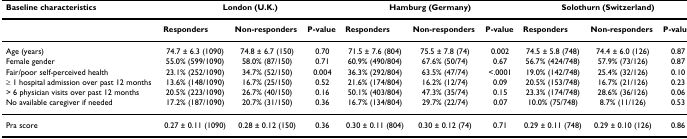
<table><thead><tr><td><b>Baseline characteristics</b></td><td colspan="3"><b>London (U.K.)</b></td><td colspan="3"><b>Hamburg (Germany)</b></td><td colspan="3"><b>Solothurn (Switzerland)</b></td></tr></thead><tbody><tr><td></td><td><b>Responders</b></td><td><b>Non-responders</b></td><td><b>P-value</b></td><td><b>Responders</b></td><td><b>Non-responders</b></td><td><b>P-value</b></td><td><b>Responders</b></td><td><b>Non-responders</b></td><td><b>P-value</b></td></tr><tr><td>Age (years)</td><td>74.7 ± 6.3 (1090)</td><td>74.8 ± 6.7 (150)</td><td>0.70</td><td>71.5 ± 7.6 (804)</td><td>75.5 ± 7.8 (74)</td><td>0.002</td><td>74.5 ± 5.8 (748)</td><td>74.4 ± 6.0 (126)</td><td>0.87</td></tr><tr><td>Female gender</td><td>55.0% (599/1090)</td><td>58.0% (87/150)</td><td>0.71</td><td>60.9% (490/804)</td><td>67.6% (50/74)</td><td>0.67</td><td>56.7% (424/748)</td><td>57.9% (73/126)</td><td>0.87</td></tr><tr><td>Fair/poor self-perceived health</td><td>23.1% (252/1090)</td><td>34.7% (52/150)</td><td>0.004</td><td>36.3% (292/804)</td><td>63.5% (47/74)</td><td>&lt;.0001</td><td>19.0% (142/748)</td><td>25.4% (32/126)</td><td>0.10</td></tr><tr><td>≥ 1 hospital admission over past 12 months</td><td>13.6% (148/1090)</td><td>16.7% (25/150)</td><td>0.52</td><td>21.6% (174/804)</td><td>16.2% (12/74)</td><td>0.09</td><td>20.5% (153/748)</td><td>16.7% (21/126)</td><td>0.23</td></tr><tr><td>&gt; 6 physician visits over past 12 months</td><td>20.5% (223/1090)</td><td>26.7% (40/150)</td><td>0.16</td><td>50.1% (403/804)</td><td>47.3% (35/74)</td><td>0.15</td><td>23.3% (174/748)</td><td>28.6% (36/126)</td><td>0.06</td></tr><tr><td>No available caregiver if needed</td><td>17.2% (187/1090)</td><td>20.7% (31/150)</td><td>0.36</td><td>16.7% (134/804)</td><td>29.7% (22/74)</td><td>0.07</td><td>10.0% (75/748)</td><td>8.7% (11/126)</td><td>0.53</td></tr><tr><td>Pra score</td><td>0.27 ± 0.11 (1090)</td><td>0.28 ± 0.12 (150)</td><td>0.36</td><td>0.30 ± 0.11 (804)</td><td>0.30 ± 0.12 (74)</td><td>0.71</td><td>0.29 ± 0.11 (748)</td><td>0.29 ± 0.10 (126)</td><td>0.86</td></tr></tbody></table>